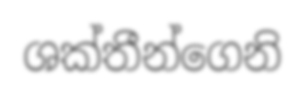
ශක්තීන්ගෙනි